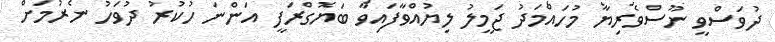
ދުވަސްވީ ނޫސްވެރިޔާ މުހައްމަދު ޖަމީލު ލިޔުއްވާފައިވާ ބަޔޮގްރަފީ އަންނަ ހުކުރު ދުވަހު ނެރުމަށް